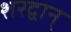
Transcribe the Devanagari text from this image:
शरद्वान्‌